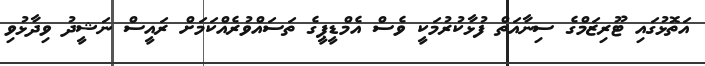
އަތޮޅުގައި ޓޫރިޒަމްގެ ސިނާއަތް ފުޅާކުރުމަކީ ވެސް އެމްޑީޕީގެ ތަސައްވުރެއްކަމަށް ރައީސް ނަޝީދު ވިދާޅުވި